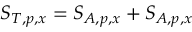
S _ { T , p , x } = S _ { A , p , x } + S _ { A , p , x }